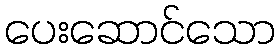
ပေးဆောင်သော